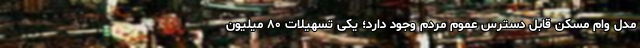
مدل وام مسکن قابل دسترس عموم مردم وجود دارد؛ یکی تسهیلات ۸۰ میلیون